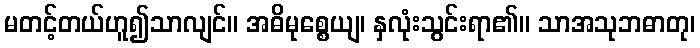
မတင့်တယ်ဟူ၍သာလျင်။ အဓိမုစ္စေယျ၊ နှလုံးသွင်းရာ၏။ သာအသုဘဓာတု၊